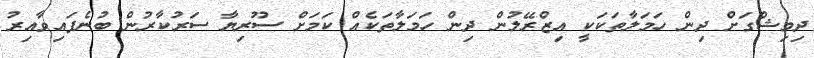
ދިމިޝްގަށް ދިން ހަމަލާތަކަކީ އިޒްރޭލުން ދިން ހަމަލާތަކެއް ކަމަށް ސޫރިޔާ ސަރުކާރުން ބުނެފައިވާއިރު